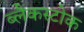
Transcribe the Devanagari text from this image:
ब्लैकस्टोक